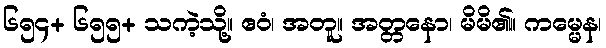
၆၅၄+ ၆၅၅+ သကဲ့သို့။ ဧဝံ၊ အတူ။ အတ္တနော၊ မိမိ၏။ ကမ္မေန၊